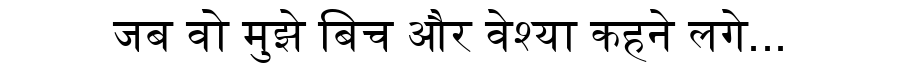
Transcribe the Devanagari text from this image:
जब वो मुझे बिच और वेश्या कहने लगे...